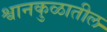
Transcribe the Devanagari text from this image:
श्वानकुळातील